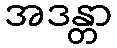
အဒန္တာ